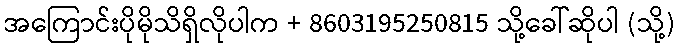
အကြောင်းပိုမိုသိရှိလိုပါက + 8603195250815 သို့ခေါ်ဆိုပါ (သို့)